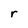
Character: r